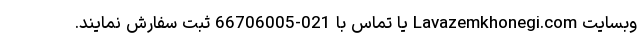
وبسایت Lavazemkhonegi.com یا تماس با 021-66706005 ثبت سفارش نمایند.